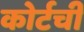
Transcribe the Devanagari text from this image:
कोर्टची